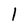
Character: 1